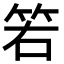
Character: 𥬡